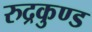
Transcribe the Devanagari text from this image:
रुद्रकुण्ड